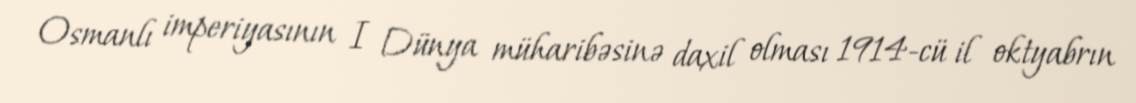
Osmanlı imperiyasının I Dünya müharibəsinə daxil olması 1914-cü il oktyabrın